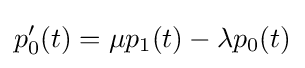
p_{0}^{\prime }(t)=\mu p_{1}(t)-\lambda p_{0}(t)